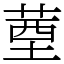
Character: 䓰